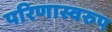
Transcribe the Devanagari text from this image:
परिणास्वरुप